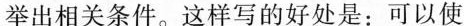
举出相关条件。这样写的好处是：可以使